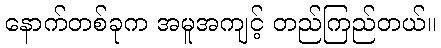
နောက်တစ်ခုက အမူအကျင့် တည်ကြည်တယ်။